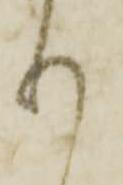
り